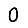
Digit: 0